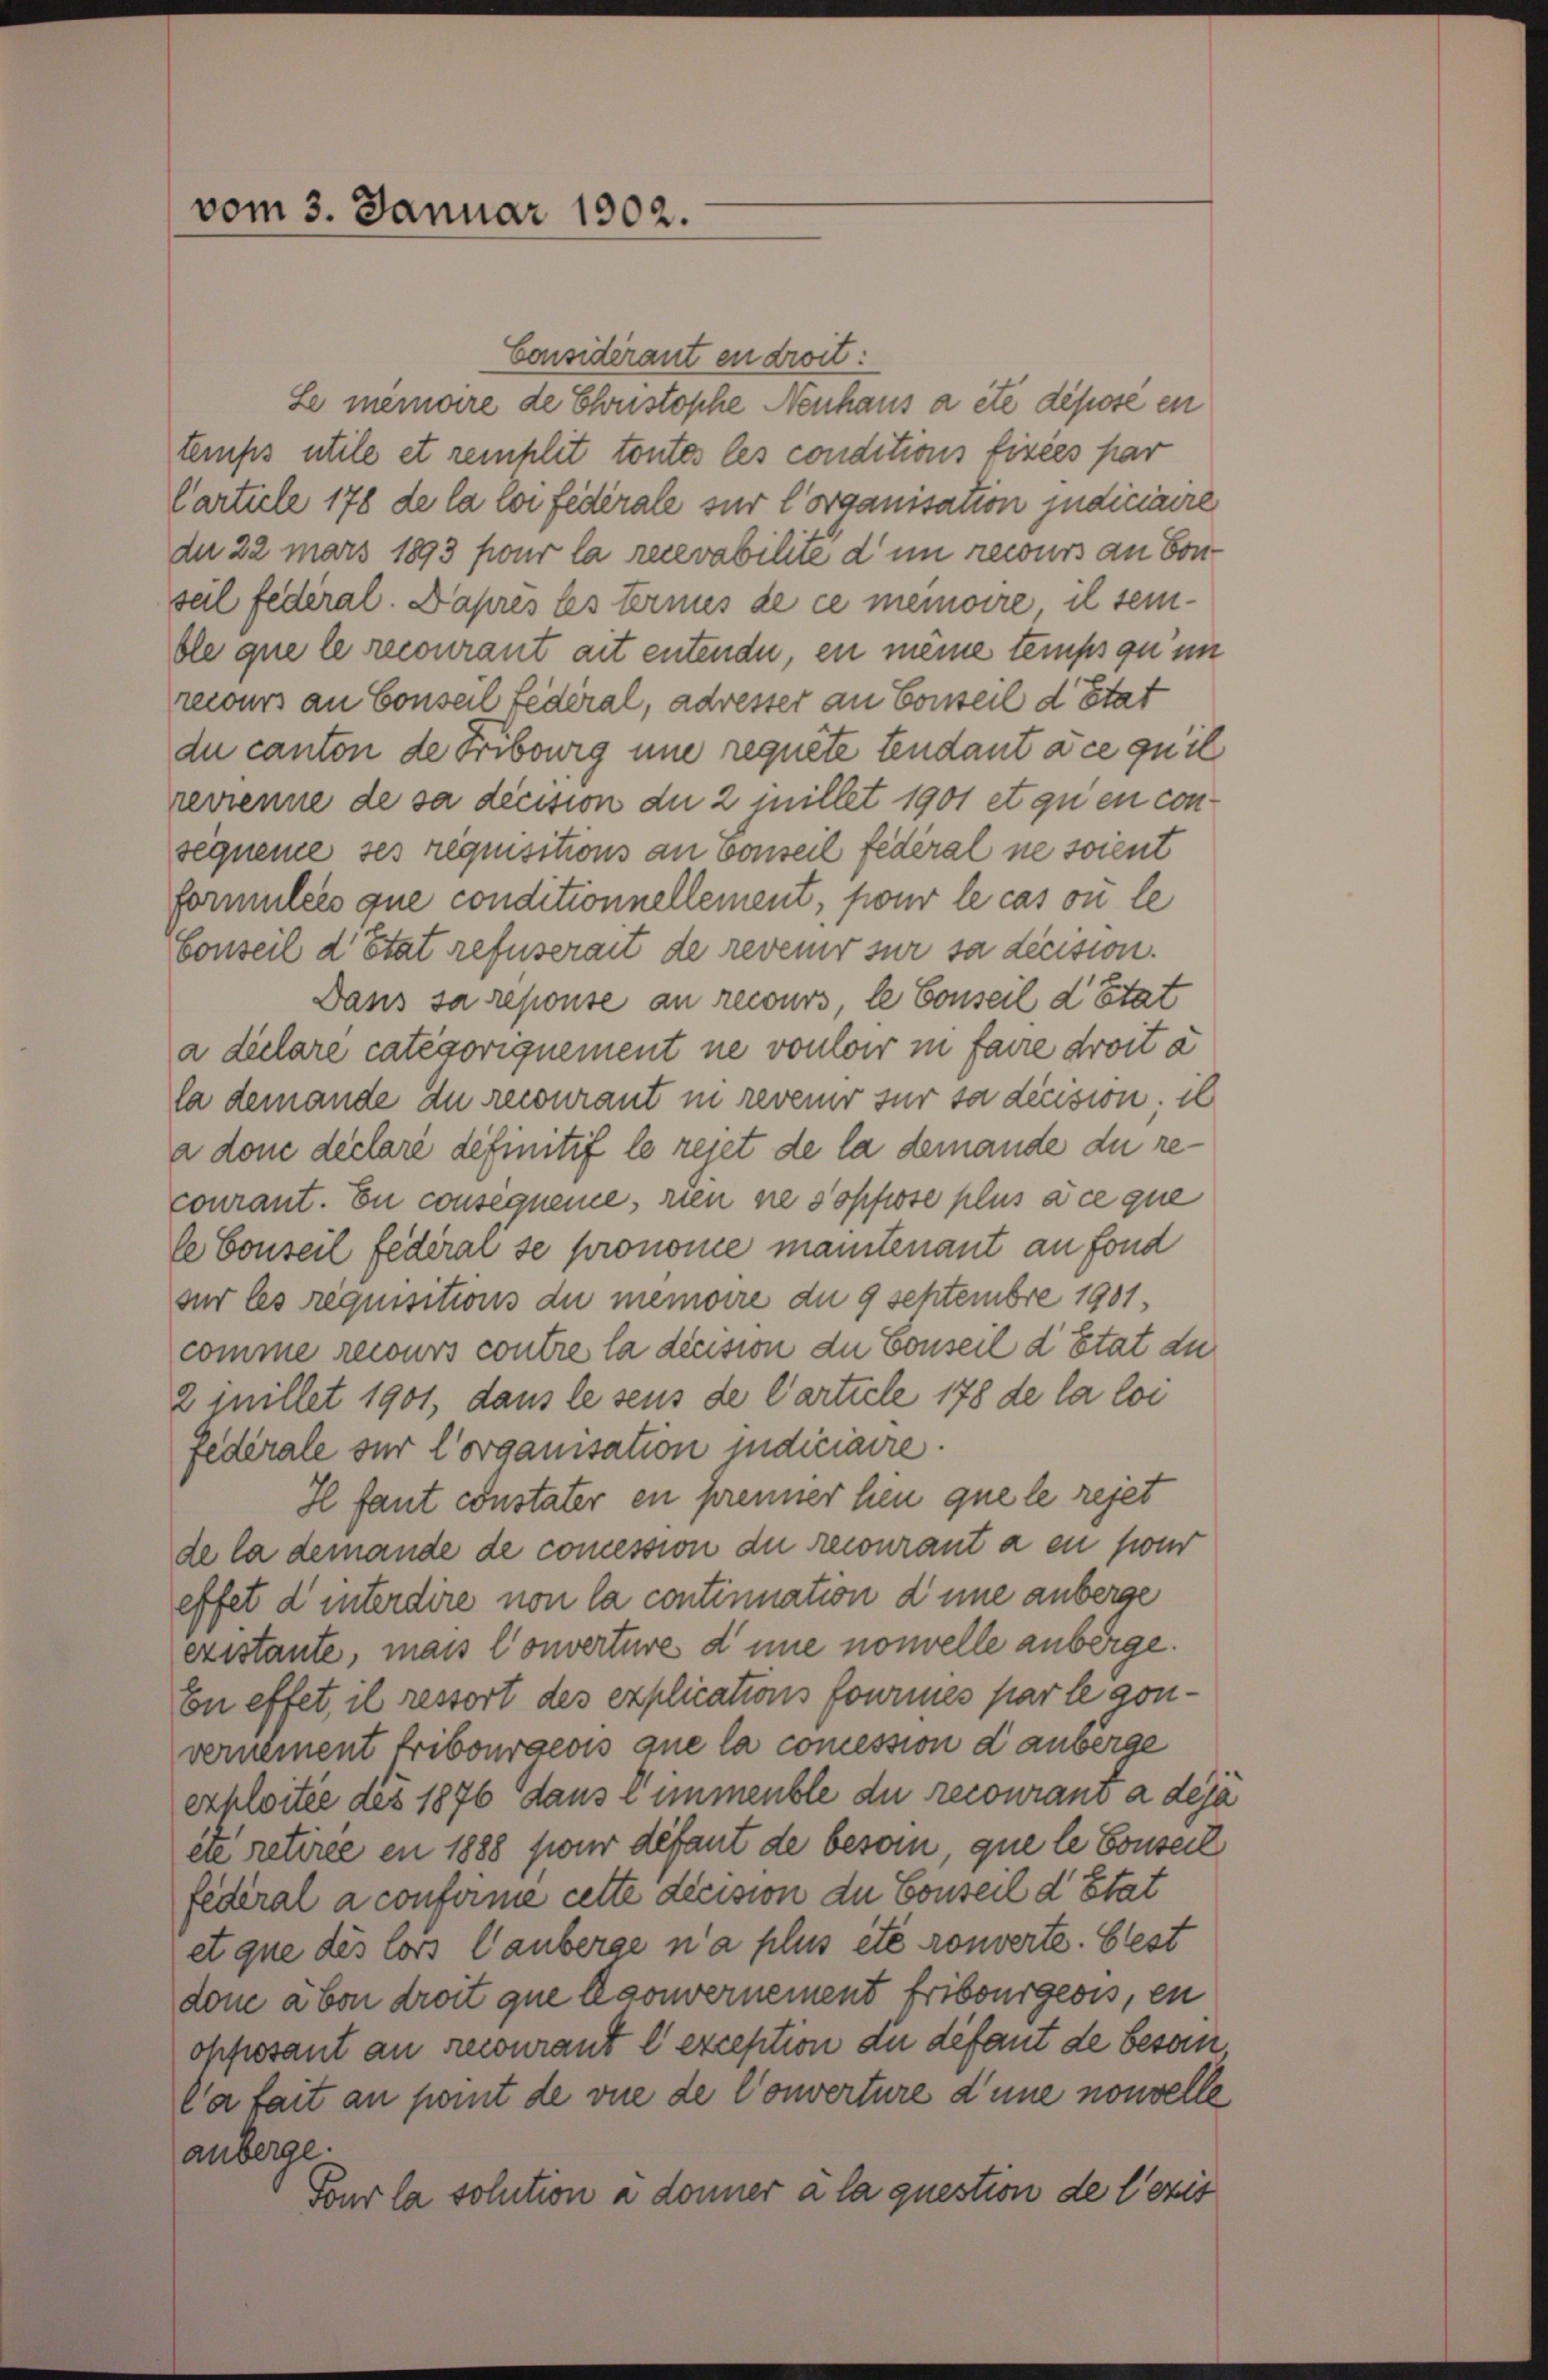
vom 3. Januar 1902.

Considérant en drit:
Le meinaire de Christophe Neuhaus a été dépose en
temps utile et remplit toutes les conditions fixées par
Carticle 178 de la loi fédérale zur Corganisation judiciaire
de 22 mars 1893 pour la recevabilite d im recurs an Sonseil federal. Daprès les ternis de ce memoire il seinble que le recourant ait entende, en meine temps qu’un
recours an Conseil Lederal, adresser an Conseil d Stat
du canton de Fribourg une requete tendant à ce qu’il
revienne de sa decision du 2 jillet 1901 et qu’en consequeme ses requisitions an vonseil fédéral ne soient
formulees que conditionnellement, pour le cas où le
Conseil d’Etat refuserait de revenir sur sa decision.
Dass sa repouse an recours, le Conseil d’Etat
a dilare categoriquement ne vouloir in faire droit à
la demande du recourant in revenir für sa decision, il
a donc declaré definitif le rejet de la demande du recourant. En consequeme, rien ne sopfisse plus à ce que
le Conseil fédéral se pronome mantenant an fond
sur les requisitions du memoire du 9 Septembre 1901,
comme recours contre la decision die Conseil d’Etat au
2 inillet 1901, dans le seus de Carticle 178 de la loi
Federale zur Corganisation indiciaire.
Il faut constater en prenner heu que le rejet
de la demande de comession de recourant a en pour
effet d interdire non la continuation d’une anberge
existante, mais Converture d’une nouvelle anberge.
En effet, il ressort des explications fourmes par le convernement Fribourgeois que la comession d anberge
exploitée des 1876 dans l’immeuble du recourano a deja
ête retirée en 1888 pour défaut de besoin, que le Conseil
federal a conforme cette decision der Conseil d’Etat
et que des lors Canberge n’a plus etc rouverte. Elest
dom aben droit que laouvernement Fribourgeois, en
opposant an recourant l’exception du défaut de beson
la fait an point de vie de Converture d’une nouvelle
anberge.
Tour la solution a donner à la question de l’exis